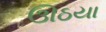
ઊઠયા